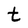
Character: t